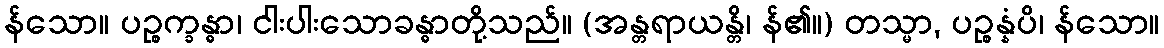
န်သော။ ပဉ္စက္ခန္ဓာ၊ ငါးပါးသောခန္ဓာတို့သည်။ (အန္တရာယန္တိ၊ န်၏။) တသ္မာ, ပဉ္စန္နံပိ၊ န်သော။